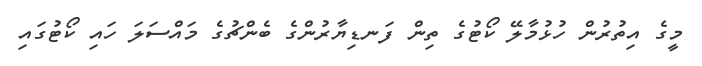
މީގެ އިތުރުން ހުޅުމާލޭ ކޯޓުގެ ތިން ފަނޑިޔާރުންގެ ބެންޗުގެ މައްސަލަ ހައި ކޯޓުގައި